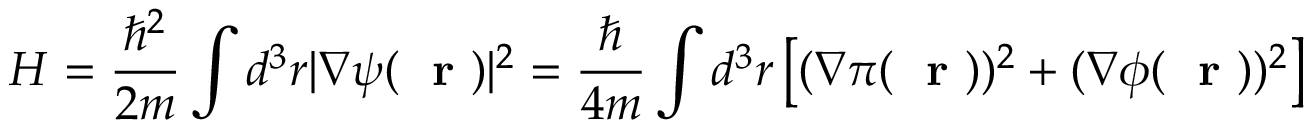
H = \frac { \hbar ^ { 2 } } { 2 m } \int d ^ { 3 } r | \nabla \psi ( \mathrm { ~ \bf ~ r ~ } ) | ^ { 2 } = \frac { \hbar } { 4 m } \int d ^ { 3 } r \left[ ( \nabla \pi ( \mathrm { ~ \bf ~ r ~ } ) ) ^ { 2 } + ( \nabla \phi ( \mathrm { ~ \bf ~ r ~ } ) ) ^ { 2 } \right]